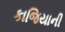
કાજિયાની